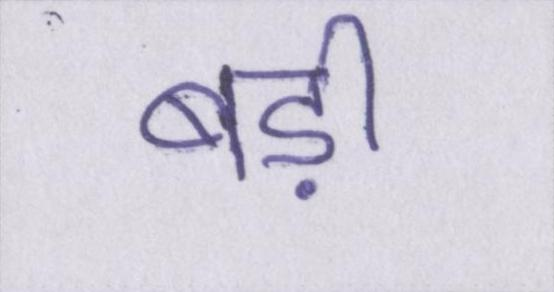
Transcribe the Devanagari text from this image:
बड़ी